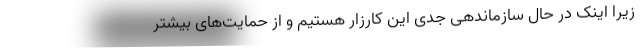
زیرا اینک در حال سازماندهی جدی این کارزار هستیم و از حمایت‌های بیشتر